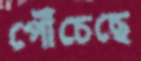
পৌঁচেছে